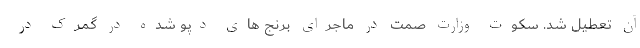
آن تعطیل شد. سکوت وزارت صمت در ماجرای برنج های دپو شده در گمرک در